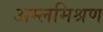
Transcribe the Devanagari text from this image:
अम्लमिश्रण